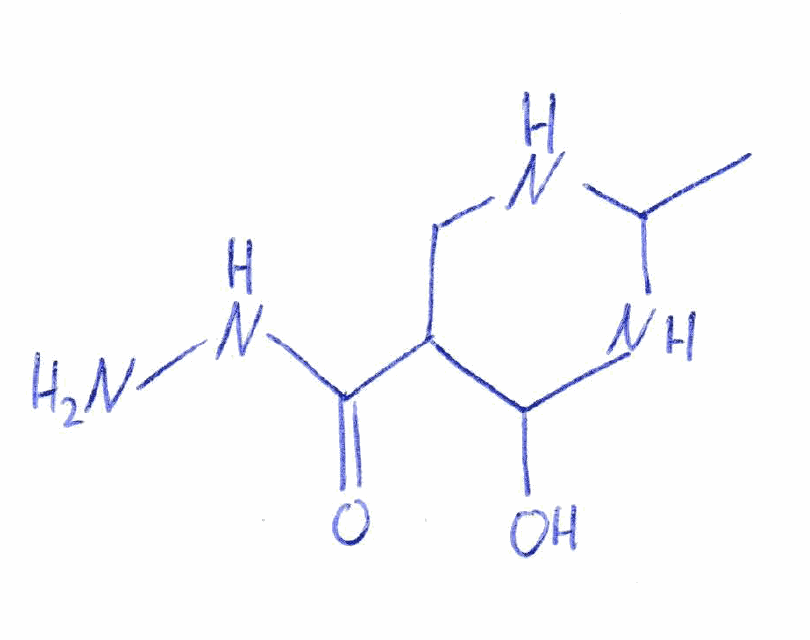
Simplified molecular-input line-entry system (SMILES) notation of the given molecule:
CC1NCC(C(N1)O)C(=O)NN